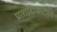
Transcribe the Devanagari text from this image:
प्रताधिकारभंग